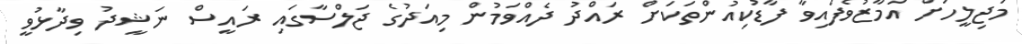
މަޖިލީހަށް އަމާޒުވެފައިވާ ފާޑުކިއުންތަކަށް ރައްދު ދެއްވަމުން މިއަދުގެ ޖަލްސާގައި ރައީސް ނަޝީދު ވިދާޅުވީ